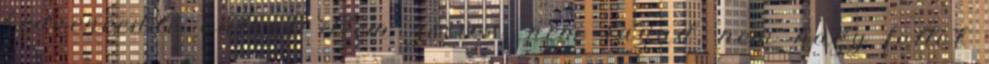
kedvenceddé válhat Nem zsíros, nem ragad, nem hagy foltot